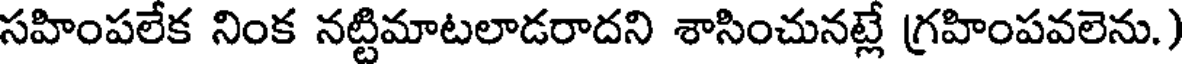
సహింపలేక నింక నట్టిమాటలాడరాదని శాసించునట్లే గ్రహింపవలెను.)